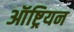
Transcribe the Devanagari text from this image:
ऑष्ट्रियन